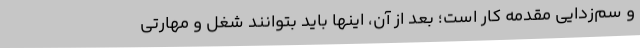
و سم‌زدایی مقدمه کار است؛ بعد از آن، اینها باید بتوانند شغل و مهارتی